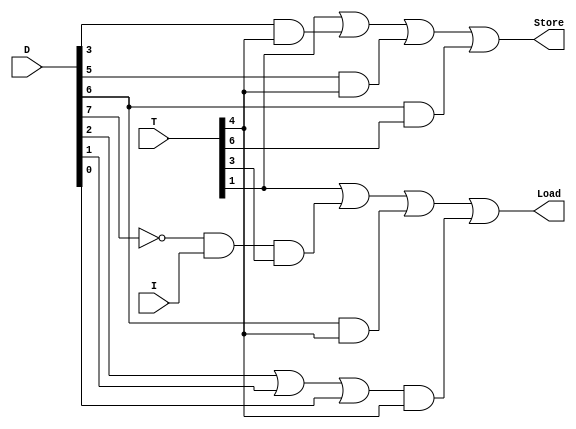
module RAM_Control(Store, Load, T, D, I);

	input  I;
	input [7:0] T, D;
	output Store, Load;

	wire Dn7;
	wire A1, A2, A3, A4, A5, A6, A7, A8, A9;

	assign Dn7 = ~D[7];

	assign A1 =  T[1];
	assign A2 =  T[1];
	assign A3 = D[3] & T[4];
	assign A4 = D[5] & T[4];
	assign A5 = D[6] & T[6];
	assign A6 = Dn7 & I & T[3];
	assign A7 = D[6] & T[4];
	assign A9 = D[2] | D[1] | D[0];
	assign A8 = A9 & T[4];
	assign Store = A2 | A3 |A4 | A5;
	assign Load = A1 | A6 | A7 | A8;

endmodule